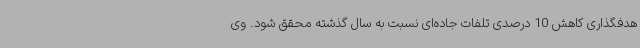
هدفگذاری کاهش 10 درصدی تلفات جاده‌ای نسبت به سال گذشته محقق شود. وی